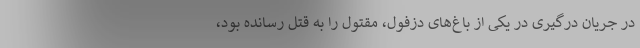
در جریان درگیری در یکی از باغ‌های دزفول، مقتول را به قتل رسانده بود،